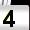
Digit: 4